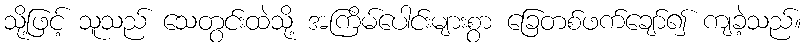
သို့ဖြင့် သူသည် သေတွင်းထဲသို့ အကြိမ်ပေါင်းများစွာ ခြေတစ်ဖက်ချော်၍ ကျခဲ့သည်။